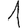
Digit: 1